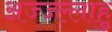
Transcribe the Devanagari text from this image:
अज्ज्ल्लाहु